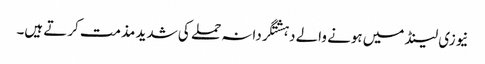
نیوزی لینڈ میں ہونے والے دہشتگردانہ حملے کی شدید مذمت کرتے ہیں۔